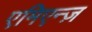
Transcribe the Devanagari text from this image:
एमिएन्ज़